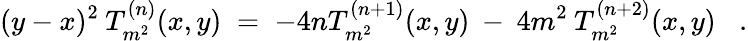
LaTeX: (y-x)^{2}\: T_{m^{2}}^{(n)}(x,y)\; =\; -4nT_{m^{2}}^{(n+1)}(x,y)\: -\: 4m^{2}\: T_{m^{2}}^{(n+2)}(x,y)\; \; \; .